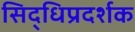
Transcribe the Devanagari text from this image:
सिद्धिप्रदर्शक